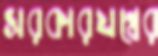
সরকারযন্ত্রের